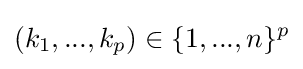
(k_{1},...,k_{p})\in \{1,...,n\}^{p}